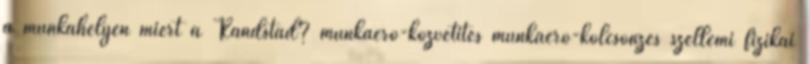
a munkahelyen miért a Randstad? munkaerő-közvetítés munkaerő-kölcsönzés szellemi fizikai